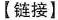
【链接】